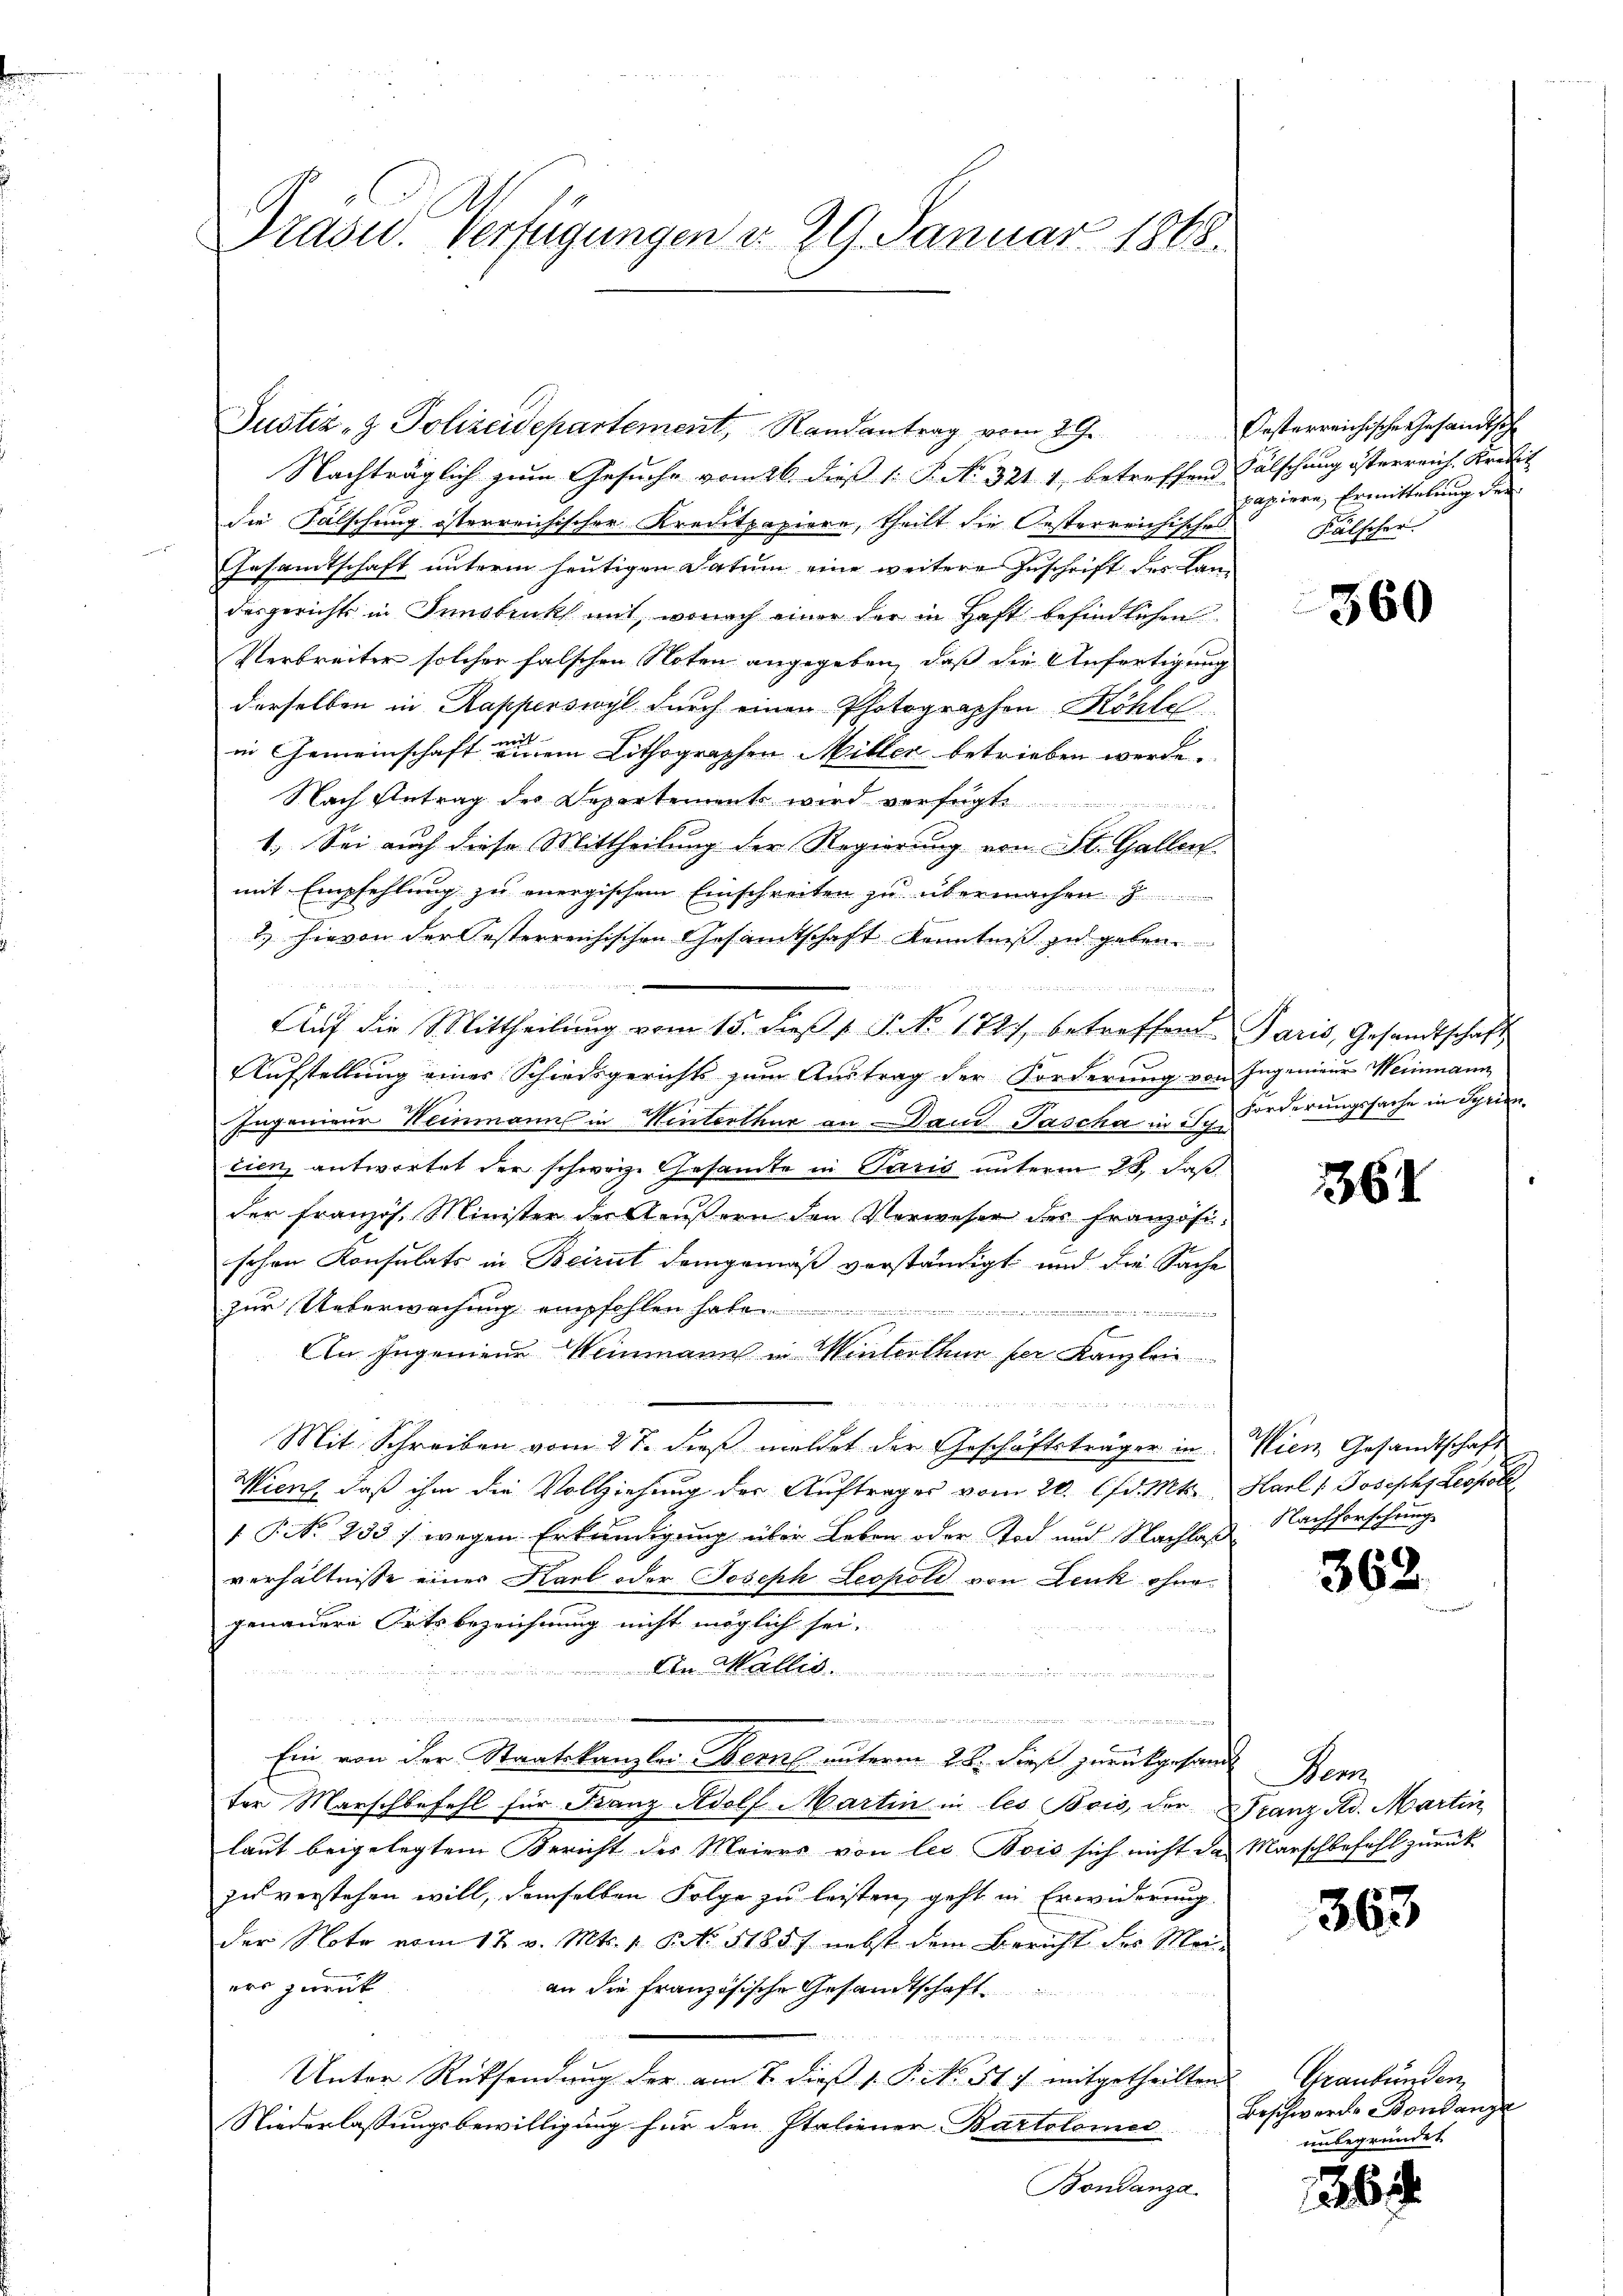
Präsu. Verfügungen d. 29. Januar 1868.

Nachträglich zum Gesuche vom 26. dieß 1: P. No. 321. 1, betreffend Fälschung österreich Kredit
die Fälschung österreichischer Kreditpapiere, theilt die Oesterreichisches Fälscher.
Gesandtschaft unterm heutigen Datum eine weitere Zuschrift des Landesgerichts in Innsbruck mit, wonach einer der in Haft befindlichen
Verbreiter solcher falschen Noten angegeben, daß die Anfertigung
derselben in Kapperswyl durch einen Photographen Röhle
n
in Gemeinschaft einem Lithographen Miller betrieben werde.
Nach Antrag des Departements wird verfügte

1. Sei auch diese Mittheilung der Regierung von St. Gallen.
mit Empfehlung zu energischem Einschreiten zu übermachen
2.) Hievon der Oesterreichischen Gesamtschaft Kenntniß zu geben.

Auf die Mittheilung vom 15. dieß v. P. No. 1727 betreffend Paris, Gesandtschaft
Aufstellung einer Schiedsgerichts zum Austrag der Forderung von Ingenieur Weinmann
Ingenieur Weinmanns in Hinterthur an Dann Pascha in in Forderungssache in Syrien.
tien, antwortet der schwarze Gesandte in Paris unterm 28. Faß
der Französ. Minister der Aeußern den Vorweser der Französischon Konsulats in Beirut demgemäß verständigt und die Sache
zur Ueberwachung empfohlen habe
i
f
An Ingeniene Weinmann in Winterthur per Kanzlen

Mit Schreiben vom 27. dieß meldet der Geschäftsträger in Wien Gesandtschaft
Wiers, daß ihm die Vollziehung der Auftrages vom 20. lfd. Mts. Karl Joseph Leopol
 P. No 233 /. wegen Erkundigung über Leben oder Tod und Nachlaß Nachforschringe
verhältnisse einer Karl oder Joseph Leopold von Lenk ohnegenauere Ortsbezeichnung nicht möglich sei.
C.Ma

.
Ein von der Staatskanzlei- Bern unterm 28. Fees zurückgesandt Bern
ter Marschbefehl für Banz Adolf Martin in les Bois, der Franz Ad. Martin
laut beigelegtem Bericht des Maiers von les Bois sich nicht des Marschbefehl zurück
zu verstehen will, demselben Folge zu leisten, geht in Erwiderung.
der Note vom 12. v. Mts. 1. Prt. 51857 nebst dem Bericht des Maers zurück
an die Französische Gesandtschaft
un
Unter Rücksendung der am 7. dieß 1. P. No. 51. mitgetheilten
Niederlaßungsbewilligung für den Italiener Bartolonis
Bondanza

Justiz- & Polizeidepartement, Randantrag vom 29. Oesterreichische Gesandtsch

papiere Ermittelung der

360

1361

362.

363

Graubünden,
Beschweren Bondanze
unbegründet

1364